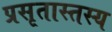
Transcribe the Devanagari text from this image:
प्रसृतास्तस्य